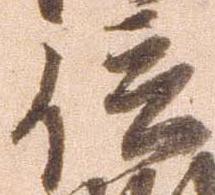
信